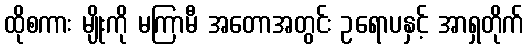
ထိုစကား မျိုးကို မကြာမီ အတောအတွင်း ဥရောပနှင့် အာရှတိုက်